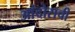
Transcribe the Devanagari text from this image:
आंदोराची